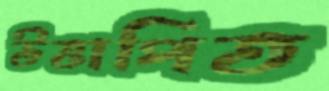
উত্তাপিত